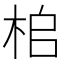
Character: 桘